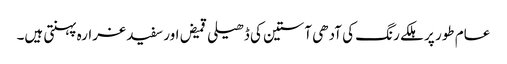
عام طور پر ہلکے رنگ کی آدھی آستین کی ڈھیلی قمیض اور سفید غرارہ پہنتی ہیں۔